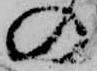
の